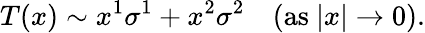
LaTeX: T(x)\sim x^{1}\sigma^{1}+x^{2}\sigma^{2}\quad(\mathrm{as~}|x|\rightarrow 0).